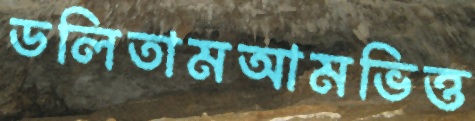
ডলিতামআমভিত্ত